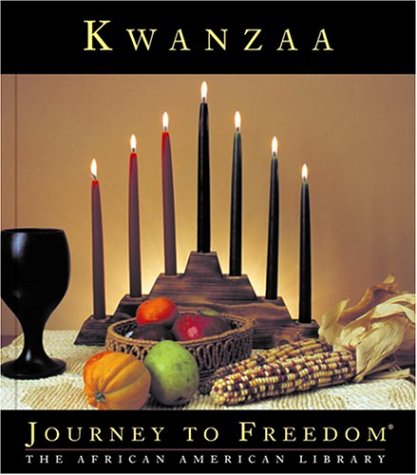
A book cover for Kwanzaa (Journey to Freedom: The African American Library); Amy Robin Jones; Children's Books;